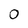
Character: 0